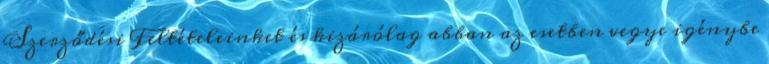
Szerződési Feltételeinket és kizárólag abban az esetben vegye igénybe